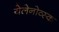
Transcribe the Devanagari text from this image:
येलेनोव्स्क